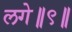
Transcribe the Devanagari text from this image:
लगे॥९॥